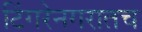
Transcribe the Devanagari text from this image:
टिंगरेनगरातच